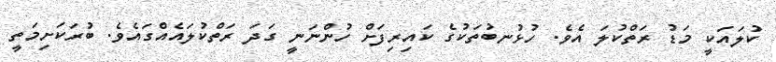
ކުލައަކީ މަޑު ރަތްކުލަ އެވެ. ހުޅުނބުތަކުގެ ކައިިރިފަށް ހުންނަނީ ގަދަ ރަތްކުލައެއްގައެވެ. ބުރަކަށިމަތީ